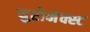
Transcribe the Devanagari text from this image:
युरोनेक्स्ट